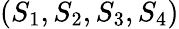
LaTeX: (S_{1},S_{2},S_{3},S_{4})